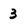
Character: 3